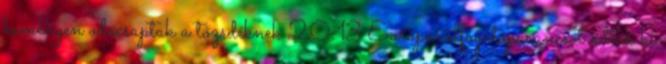
keményen odacsaptak a tőzsdéknek 20:13 Európai elfogatóparancsot adtak ki